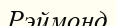
Рэймонд